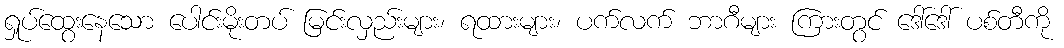
ရှုပ်ထွေးနေသော ပေါင်းမိုးတပ် မြင်းလှည်းများ၊ ရထားများ၊ ပက်လက် ဘာဂီများ ကြားတွင် ဒေါ်ဒေါ် ပစ်တီကို